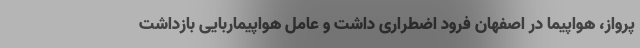
پرواز، هواپیما در اصفهان فرود اضطراری داشت و عامل هواپیماربایی بازداشت